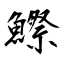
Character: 鰶